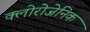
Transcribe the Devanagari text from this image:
क्लोरोजेनिक